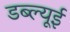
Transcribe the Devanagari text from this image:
डब्ल्यूई